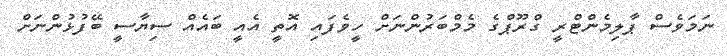
ނަމަވެސް ޕާލިމެންޓްރީ ގްރޫޕްގެ މެމްބަރުންނަށް ހީވެފައި އޮތީ އެއީ ބައެއް ސިޔާސީ ބޭފުޅުންނަށް